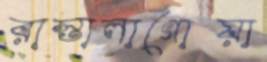
রাস্তালাগোয়া